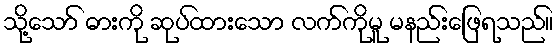
သို့သော် ဓားကို ဆုပ်ထားသော လက်ကိုမူ မနည်းဖြေရသည်။